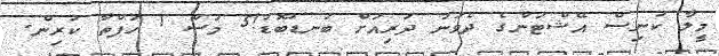
މީލާ ކުނިސް އޭޝްޓަންގެ ދެވަނަ ދަރިއަށް ބަނޑުބޮޑު!5 މަސް 1 ހަފްތާ ކުރިން.